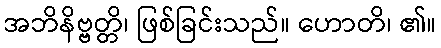
အဘိနိဗ္ဗတ္တိ၊ ဖြစ်ခြင်းသည်။ ဟောတိ၊ ၏။